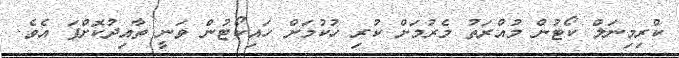
ކްރިމިނަލް ކޯޓުން މުއްރަތު މެރުމަށް ކުރި ހުކުމަށް ހައިކޯޓުން ވަނީ ތާއިދުކޮށްފަ އެވެ.